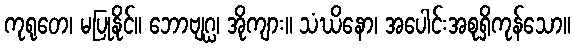
ကုရုတေ၊ မပြုနိုင်။ ဘောဗျဂ္ဃ၊ အိုကျား။ သံဃိနော၊ အပေါင်းအစုရှိကုန်သော။